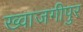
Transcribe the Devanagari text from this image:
ख्वाजगीपुर